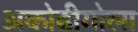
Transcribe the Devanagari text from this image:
अकोढीगोला